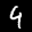
Label: 4